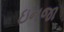
ઇનજા